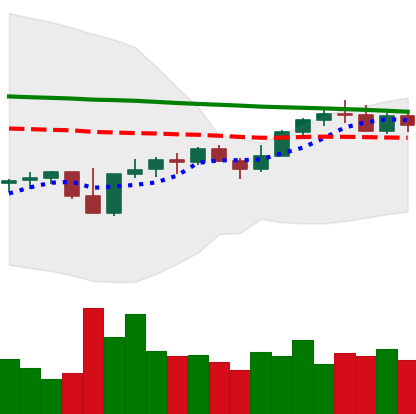
Ticker: XMR-USD
Chart end date: 2022-12-06
Forward return: 4.885%
Label: up_3_5